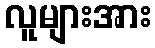
လူများအား